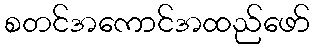
စတင်အကောင်အထည်ဖော်